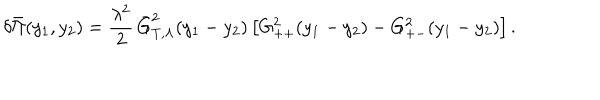
LaTeX: \delta \bar { \Pi } ( y _ { 1 } , y _ { 2 } ) = \frac { \lambda ^ { 2 } } 2 \, \bar { G } _ { T , \Lambda } ^ { 2 } ( y _ { 1 } - y _ { 2 } ) \left[ G _ { + + } ^ { 2 } ( y _ { 1 } - y _ { 2 } ) - G _ { + - } ^ { 2 } ( y _ { 1 } - y _ { 2 } ) \right] .